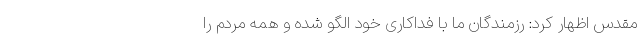
مقدس اظهار کرد: رزمندگان ما با فداکاری خود الگو شده و همه مردم را